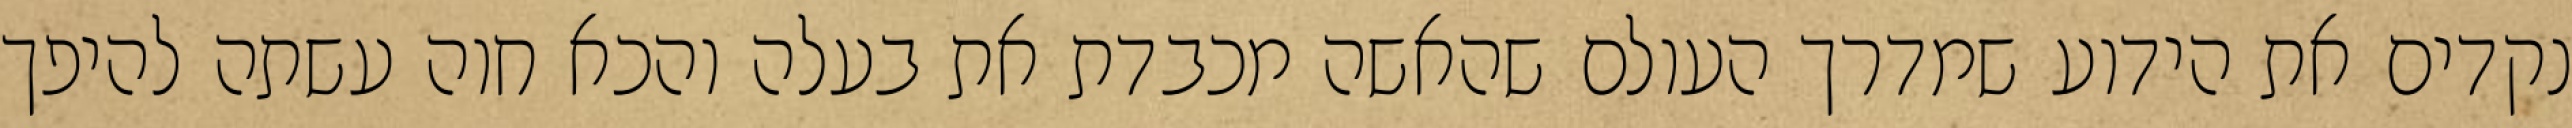
נקדים את הידוע שמדרך העולם שהאשה מכבדת את בעלה והכא חוה עשתה להיפך